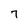
Character: 7